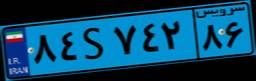
۸۴S۷۴۲۸۶